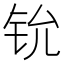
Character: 𫟵